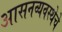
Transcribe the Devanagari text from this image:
आसनव्यवस्थेचे